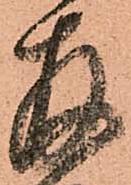
拝